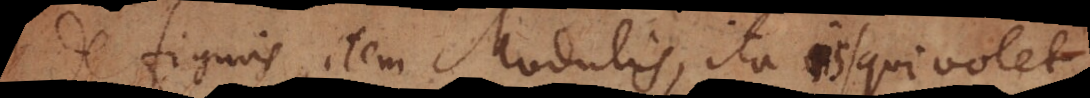
e figuris, item Modulis, ita is qui volet